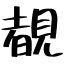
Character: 覩